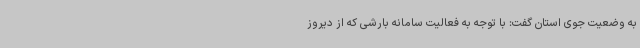
به وضعیت جوی استان گفت: با توجه به فعالیت سامانه بارشی که از دیروز